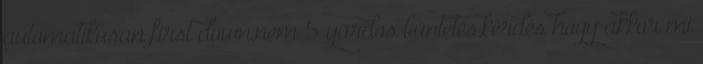
automatikusan first down,nem 5 yardos büntetés,kérdés hogy akkor mi